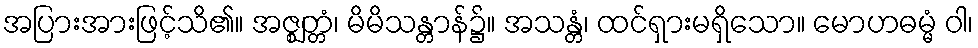
အပြားအားဖြင့်သိ၏။ အဇ္ဈတ္တံ၊ မိမိသန္တာန်၌။ အသန္တံ၊ ထင်ရှားမရှိသော။ မောဟဓမ္မံ ဝါ၊